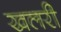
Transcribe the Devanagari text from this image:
खलरी